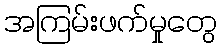
အကြမ်းဖက်မှုတွေ